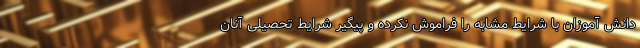
دانش آموزان با شرایط مشابه را فراموش نکرده و پیگیر شرایط تحصیلی آنان